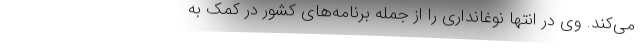
می‌کند. وی در انتها نوغانداری را از جمله برنامه‌های کشور در کمک به